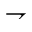
\rightharpoondown